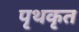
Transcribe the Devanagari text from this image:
पृथकृत